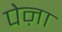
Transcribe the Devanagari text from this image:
पेऩा